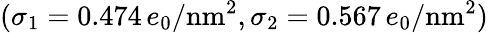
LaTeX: (\sigma_{1}=0.474\, e_{0}/\textrm{nm}^{2},\sigma_{2}=0.567\, e_{0}/\textrm{nm}^{2})